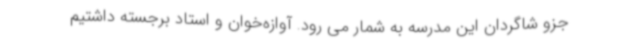
جزو شاگردان این مدرسه به شمار می رود. آوازه‌خوان و استاد برجسته داشتیم